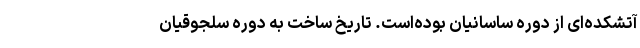
آتشکده‌ای از دوره ساسانیان بوده‌است. تاریخ ساخت به دوره سلجوقیان